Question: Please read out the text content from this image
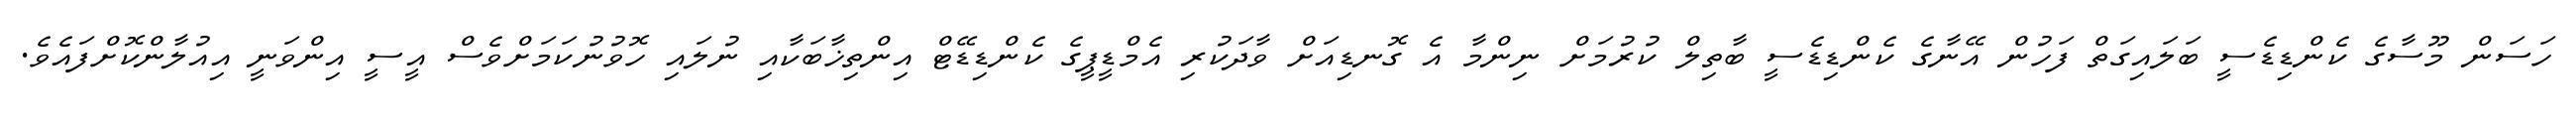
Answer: ހަސަން މޫސާގެ ކެންޑިޑެސީ ބަލައިގަތް ފަހުން އޭނާގެ ކެންޑިޑެސީ ބާތިލް ކުރުމަށް ނިންމާ އެ ގޮނޑިއަށް ވާދަކުރި އެމްޑީޕީގެ ކެންޑިޑޭޓް އިންތިޚާބަކާއި ނުލައި ހޮވުނުކަމަށްވެސް އީސީ އިންވަނީ އިއުލާންކޮށްފައެވެ.